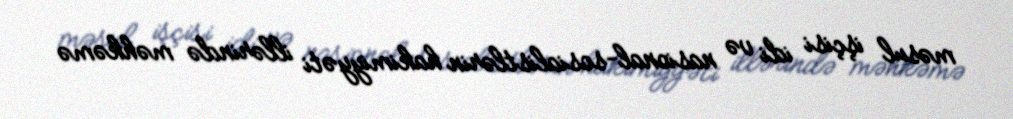
məsul işçisi idi və nasional-sosialistlərin hakimiyyəti illərində məhkəmə